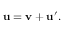
\mathbf { u } = \mathbf { v } + \mathbf { u ^ { \prime } } .